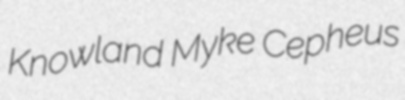
Knowland Myke Cepheus